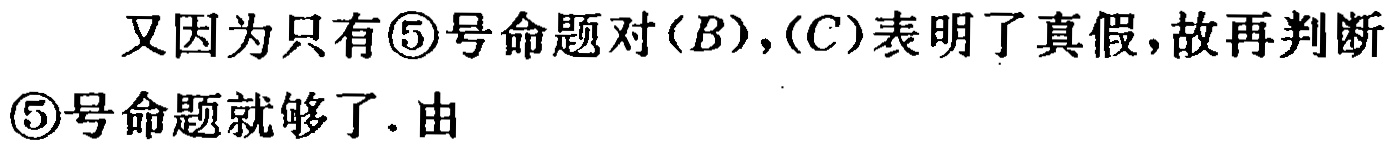
又因为只有\textcircled{5}号命题对\((B),(C)\)表明了真假，故再判断\textcircled{5}号命题就够了. 由